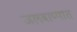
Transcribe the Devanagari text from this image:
जलबाष्पात